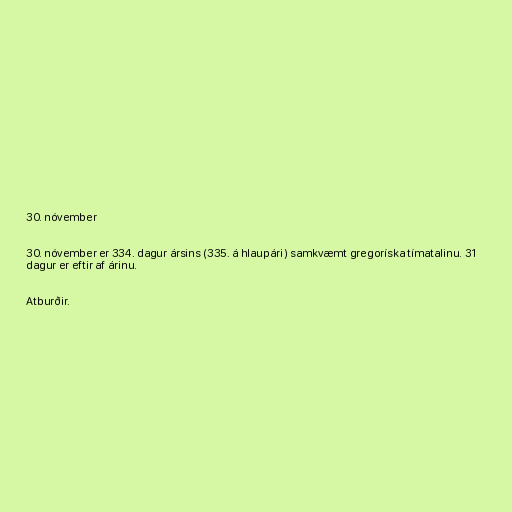
30. nóvember

30. nóvember er 334. dagur ársins (335. á hlaupári) samkvæmt gregoríska tímatalinu. 31
dagur er eftir af árinu.

Atburðir.